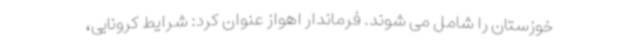
خوزستان را شامل می شوند. فرماندار اهواز عنوان کرد: شرایط کرونایی،